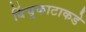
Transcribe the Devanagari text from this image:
विंचूकाटाकडे